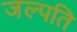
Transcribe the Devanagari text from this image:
जल्पति